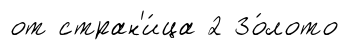
от стран'и́ца 2 Зо́лото